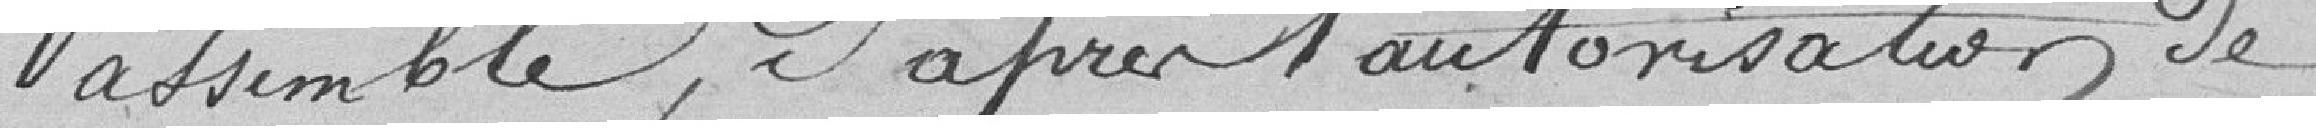
assemblé, d'après l'autorisation de